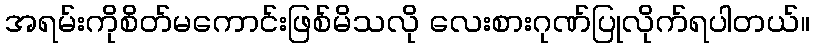
အရမ်းကိုစိတ်မကောင်းဖြစ်မိသလို လေးစားဂုဏ်ပြုလိုက်ရပါတယ်။